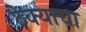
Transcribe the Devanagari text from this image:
ठेक्याचा